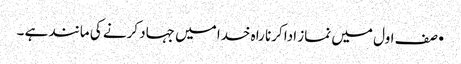
•صف اول میں نماز ادا کرنا راہ خدا میں جہاد کرنے کی مانند ہے ۔